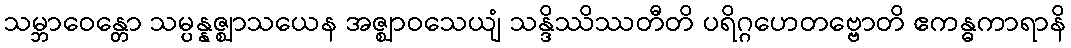
သမ္ဘာဝေန္တော သမ္ပန္နဇ္ဈာသယေန အဇ္ဈာဝသေယျံ သန္ဒိဿိဿတီတိ ပရိဂ္ဂဟေတဗ္ဗောတိ ဧကန္ဓကာရာနိ